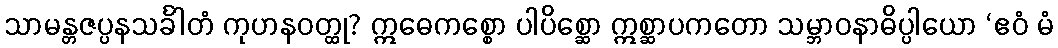
သာမန္တဇပ္ပနသင်္ခါတံ ကုဟနဝတ္ထု? ဣဓေကစ္စော ပါပိစ္ဆော ဣစ္ဆာပကတော သမ္ဘာဝနာဓိပ္ပါယော ‘ဧဝံ မံ